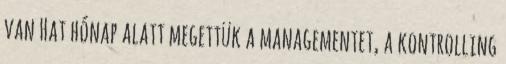
van Hat hónap alatt megettük a managementet, a kontrolling